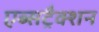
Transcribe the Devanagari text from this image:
एब्सट्रैक्शन